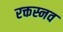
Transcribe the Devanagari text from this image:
रक्तस्नव